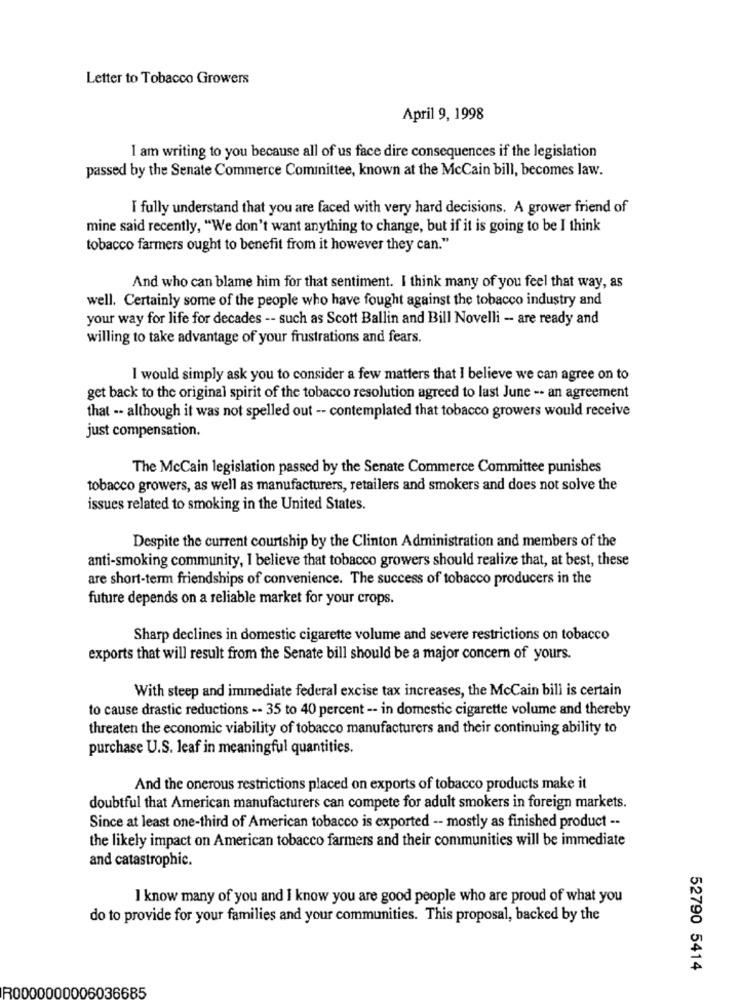
Letter to Tobacco Growers
April 9, 1998
I am writing to you because all of us face dire consequences if the legislation
passed by the Senate Commerce Committee, known at the McCain bill, becomes law.
I fully understand that you are faced with very hard decisions. A grower friend of
mine said recently, "We don't want anything to change, but if it is going to be I think
tobacco farmers ought to benefit from it however they can."
And who can blame him for that sentiment. I think many of you feel that way, as
well. Certainly some of the people who have fought against the tobacco industry and
your way for life for decades -- such as Scott Ballin and Bill Novelli - are ready and
willing to take advantage of your frustrations and fears.
I would simply ask you to consider a few matters that I believe we can agree on to
get back to the original spirit of the tobacco resolution agreed to last June -- an agreement
that -- although it was not spelled out -- contemplated that tobacco growers would receive
just compensation.
The McCain legislation passed by the Senate Commerce Committee punishes
tobacco growers, as well as manufacturers, retailers and smokers and does not solve the
issues related to smoking in the United States.
Despite the current courtship by the Clinton Administration and members of the
anti-smoking community, I believe that tobacco growers should realize that, at best, these
are short-term friendships of convenience. The success of tobacco producers in the
future depends on a reliable market for your crops.
Sharp declines in domestic cigarette volume and severe restrictions on tobacco
exports that will result from the Senate bill should be a major concern of yours.
With steep and immediate federal excise tax increases, the McCain bill is certain
to cause drastic reductions -- 35 to 40 percent -- in domestic cigarette volume and thereby
threaten the economic viability of tobacco manufacturers and their continuing ability to
purchase U.S. leaf in meaningful quantities.
And the onerous restrictions placed on exports of tobacco products make it
doubtful that American manufacturers can compete for adult smokers in foreign markets.
Since at least one-third of American tobacco is exported -- mostly as finished product --
the likely impact on American tobacco farmers and their communities will be immediate
and catastrophic.
I know many of you and I know you are good people who are proud of what you
do to provide for your families and your communities. This proposal, backed by the
52790 5414
R0000000006036685